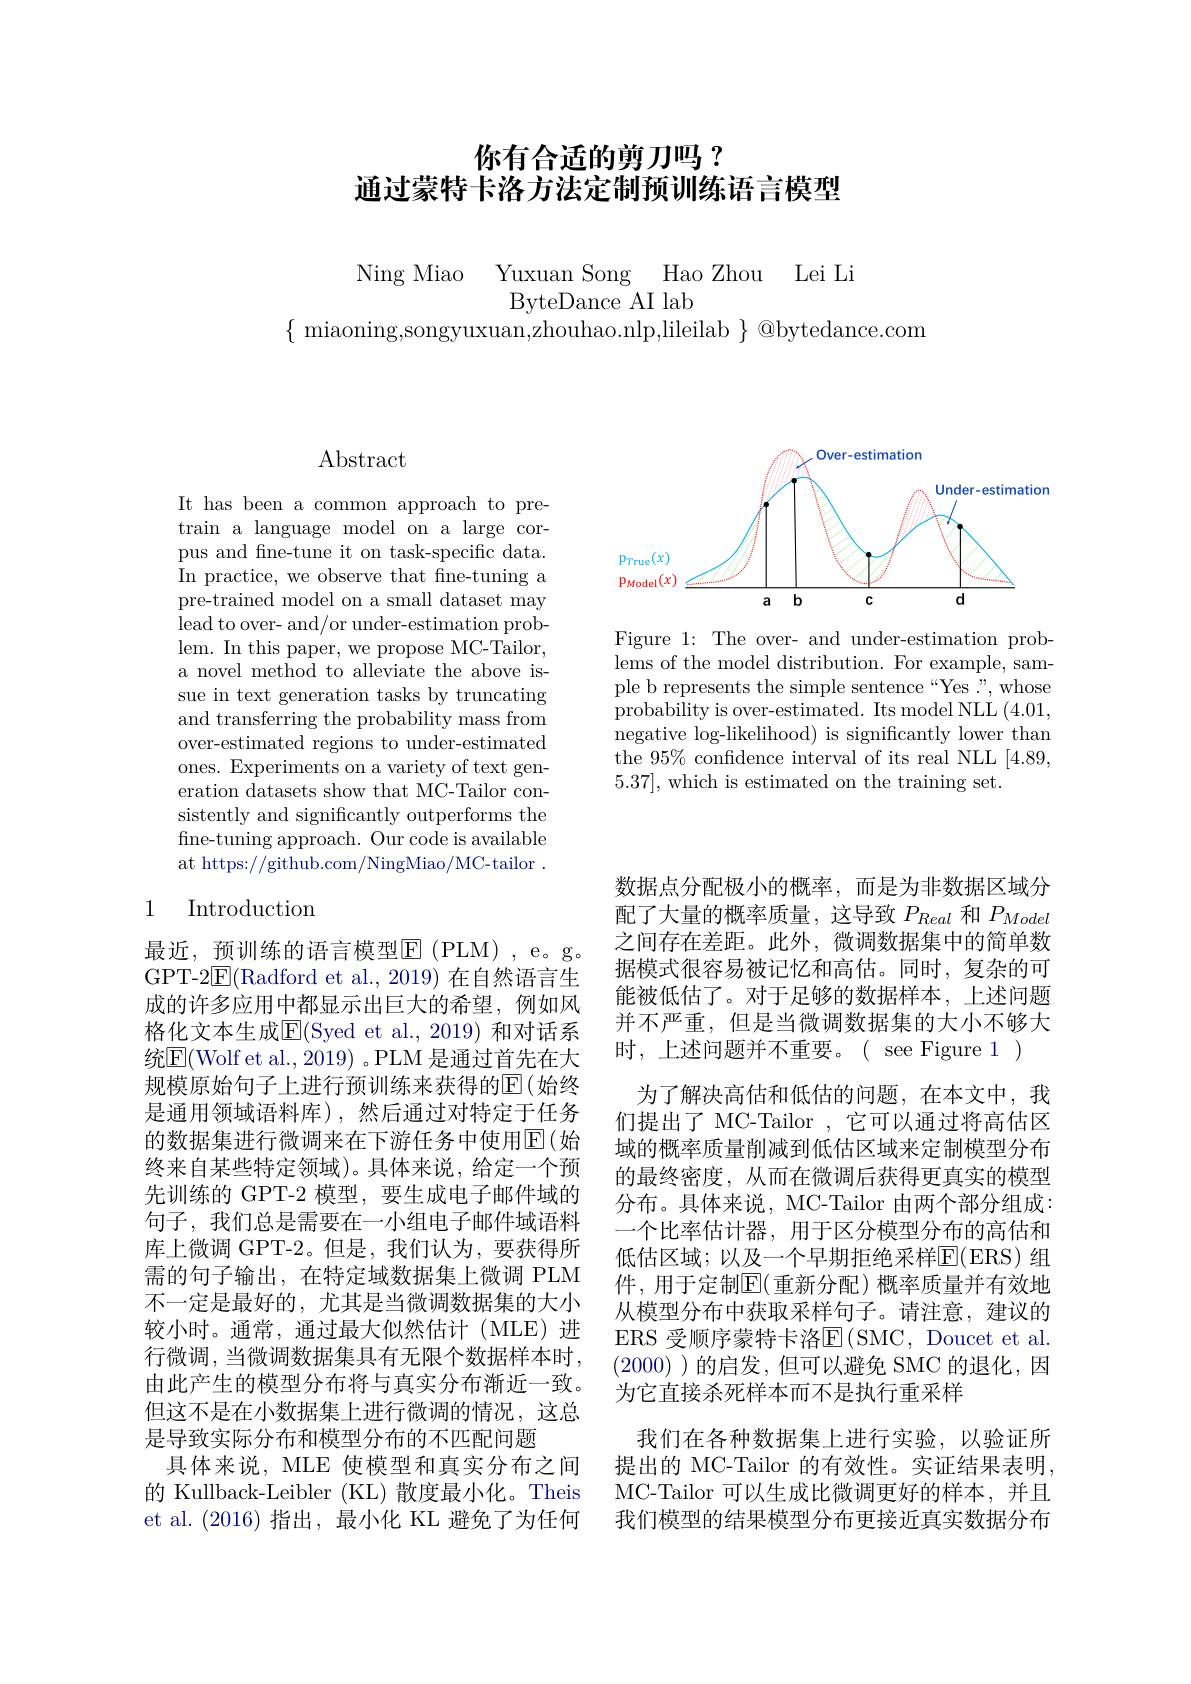
# 你有合适的剪刀吗？ 通过蒙特卡洛方法定制预训练语言模型

Ning Miao Yuxuan Song Hao Zhou Lei Li
$\{$ miaoning,songyuxuan,zhouhao.nlp,lileilab $\}$ @bytedance.com

<FigureHere>

Figure 1: The over- and under-estimation problems of the model distribution. For example, sample b represents the simple sentence“Yes :", whose probability is over-estimated. Its model NLL (4.01, negative log-likelihood) is significantly lower than the 95% confidence interval of its real NLL [4.89, 5.37],which is estimated on the training set.

# Abstract

It has been a common approach to pretrain a language model on a large corpus and fine-tune it on task-specific data. In practice, we observe that fine-tuning a pre-trained model on a small dataset may lead to over- and/or under-estimation problem. In this paper, we propose MC-Tailor, a novel method to alleviate the above issue in text generation tasks by truncating and transferring the probability mass from over-estimated regions to under-estimated ones. Experiments on a variety of text generation datasets show that MC-Tailor consistently and significantly outperforms the fine-tuning approach. Our code is available at https://github.com/NingMiao/MC-tailor .

## 1 Introduction

最近，预训练的语言模型$\operatorname{E}$(PLM),e。g。GPT-2$\underline{\mathrm{E}}($Radford et al., 2019) 在自然语言生成的许多应用中都显示出巨大的希望，例如风格化文本生成$\overline{\mathrm{E}}($Syed et al., 2019) 和对话系统$\overline{\mathrm{E}}($Wolf et al., 2019) 。PLM 是通过首先在大规模原始句子上进行预训练来获得的$\operatorname{E}($始终是通用领域语料库),然后通过对特定于任务的数据集进行微调来在下游任务中使用$\overline{\mathrm{E}}($始终来自某些特定领域)。具体来说，给定一个预先训练的 GPT-2 模型，要生成电子邮件域的句子，我们总是需要在一小组电子邮件域语料库上微调 GPT-2。但是，我们认为，要获得所需的句子输出，在特定域数据集上微调 PLM 不一定是最好的，尤其是当微调数据集的大小较小时。通常，通过最大似然估计(MLE)进行微调，当微调数据集具有无限个数据样本时， 由此产生的模型分布将与真实分布渐近一致。但这不是在小数据集上进行微调的情况，这总是导致实际分布和模型分布的不匹配问题
具体来说，MLE 使模型和真实分布之间的 Kullback-Leibler (KL) 散度最小化。Theis et al.(2016)指出，最小化 KL 避免了为任何

数据点分配极小的概率，而是为非数据区域分配了大量的概率质量，这导致$P_{Real}$和$P_{Model}$ 之间存在差距。此外，微调数据集中的简单数据模式很容易被记忆和高估。同时，复杂的可能被低估了。对于足够的数据样本，上述问题并不严重，但是当微调数据集的大小不够大时，上述问题并不重要。( see Figure 1)
为了解决高估和低估的问题，在本文中，我们提出了 MC-Tailor , 它可以通过将高估区域的概率质量削减到低估区域来定制模型分布的最终密度，从而在微调后获得更真实的模型分布。具体来说，MC-Tailor 由两个部分组成： 一个比率估计器，用于区分模型分布的高估和低估区域；以及一个早期拒绝采样E( ERS) 组件，用于定制$\mathbb{E}($重新分配)概率质量并有效地从模型分布中获取采样句子。请注意，建议的ERS 受顺序蒙特卡洛$\operatorname{E}(\operatorname{SMC},\operatorname{Doucet}\operatorname{et}\operatorname{al}.$ (2000) )的启发，但可以避免 SMC 的退化，因为它直接杀死样本而不是执行重采样
我们在各种数据集上进行实验，以验证所提出的 MC-Tailor 的有效性。实证结果表明， MC-Tailor 可以生成比微调更好的样本，并且我们模型的结果模型分布更接近真实数据分布